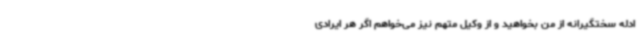
ادله سختگیرانه از من بخواهید و از وکیل متهم نیز می‌خواهم اگر هر ایرادی